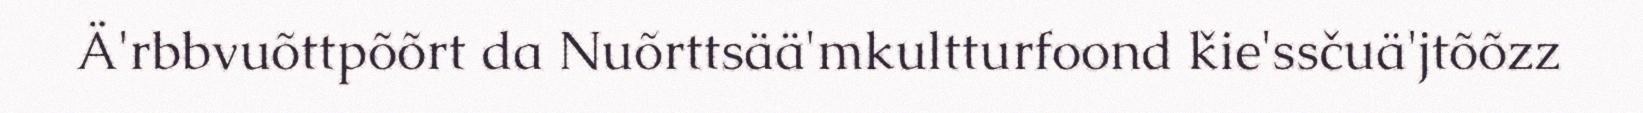
Ä'rbbvuõttpõõrt da Nuõrttsää'mkultturfoond ǩie'ssčuä'jtõõzz